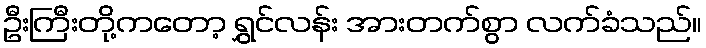
ဦးကြီးတို့ကတော့ ရွှင်လန်း အားတက်စွာ လက်ခံသည်။